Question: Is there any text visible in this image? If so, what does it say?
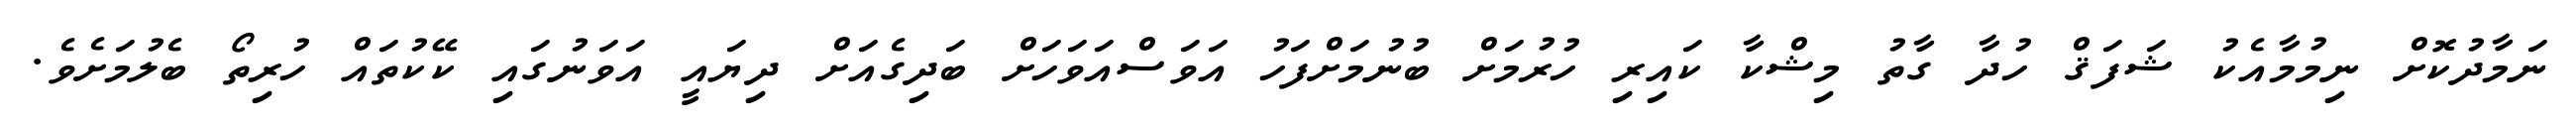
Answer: ނަމާދުކޮށް ނިމުމާއެކު ޝަފަޤް ހުދާ ގާތު މިޝްކާ ކައިރި ހުރުމަށް ބުނުމަށްފަހު އަވަސްއަވަހަށް ބަދިގެއަށް ދިޔައީ އަވަނުގައި ކޭކުތައް ހުރިތޯ ބެލުމަށެވެ.